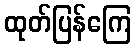
ထုတ်ပြန်ကြေ